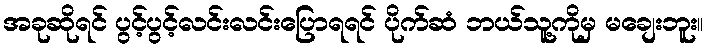
အခုဆိုရင် ပွင့်ပွင့်လင်းလင်းပြောရရင် ပိုက်ဆံ ဘယ်သူ့ကိုမှ မချေးဘူး။